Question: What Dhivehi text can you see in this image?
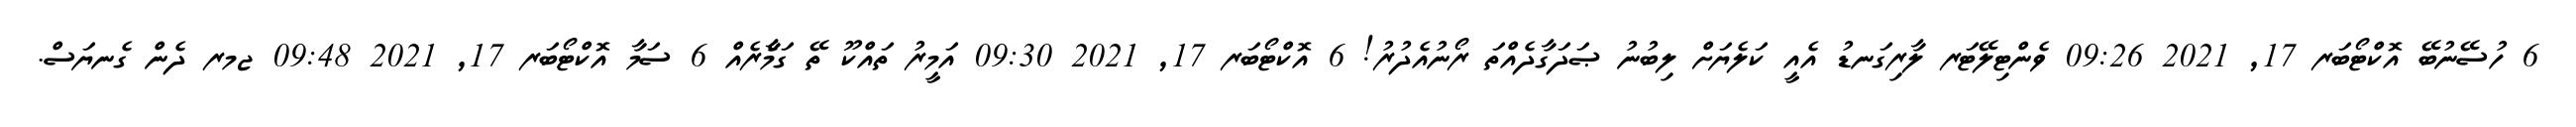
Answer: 6 ހުސޭނުބޭ އޮކްޓޯބަރ 17, 2021 09:26 ވެންޓިލޭޓަރ ލާރިގަނޑު އެއީ ކަލެޔަށް ލިބުނު ޞަދަގާދެއްތަ ރޯނުއެދުރު! 6 އޮކްޓޯބަރ 17, 2021 09:30 އަމީރު ތައްކޫ ތޭ ގަމާެރެއް 6 ސަމާ އޮކްޓޯބަރ 17, 2021 09:48 ޖމރ ދެން ގެނޔަސް.